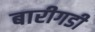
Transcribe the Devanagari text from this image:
बारीगडी